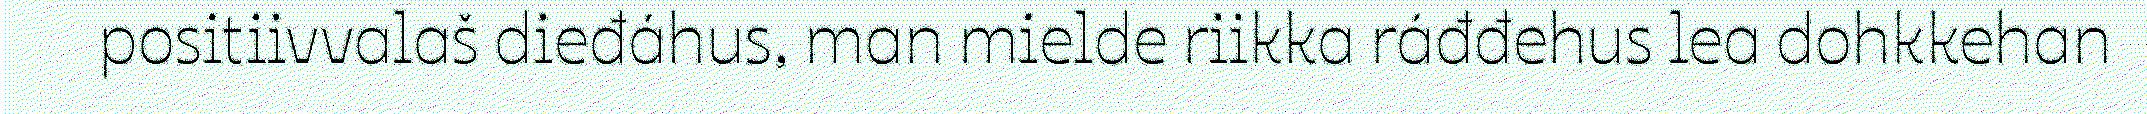
positiivvalaš dieđáhus, man mielde riikka ráđđehus lea dohkkehan